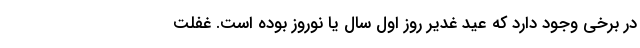
در برخی وجود دارد که عید غدیر روز اول سال یا نوروز بوده است. غفلت